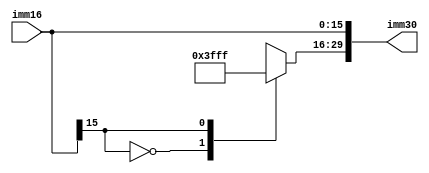
module signextend
#(parameter out_width = 30,
	parameter in_width = 16
	)
(
	input [in_width-1:0] imm16,
	output [out_width-1:0] imm30
	);
wire [out_width-in_width-1:0] signimm[1:0];
assign signimm[0] = 0;
assign signimm[1] = -1;
wire [out_width-in_width-1:0] extend;
assign extend = signimm[imm16[in_width-1]];
assign imm30 = {extend, imm16};

endmodule